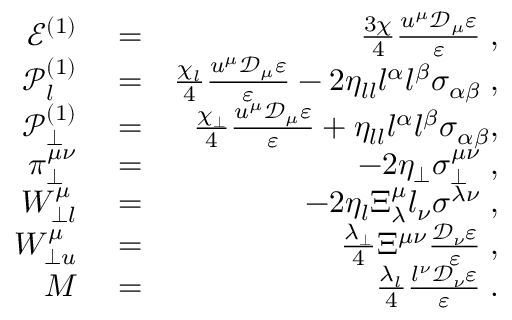
\begin{array} { r l r } { \mathcal { E } ^ { ( 1 ) } } & { { } = } & { \frac { 3 \chi } { 4 } \frac { u ^ { \mu } \mathcal { D } _ { \mu } \varepsilon } { \varepsilon } \; , } \\ { \mathcal { P } _ { l } ^ { ( 1 ) } } & { { } = } & { \frac { \chi _ { l } } { 4 } \frac { u ^ { \mu } \mathcal { D } _ { \mu } \varepsilon } { \varepsilon } - 2 \eta _ { l l } l ^ { \alpha } l ^ { \beta } \sigma _ { \alpha \beta } \; , } \\ { \mathcal { P } _ { \perp } ^ { ( 1 ) } } & { { } = } & { \frac { \chi _ { \perp } } { 4 } \frac { u ^ { \mu } \mathcal { D } _ { \mu } \varepsilon } { \varepsilon } + \eta _ { l l } l ^ { \alpha } l ^ { \beta } \sigma _ { \alpha \beta } , } \\ { \pi _ { \perp } ^ { \mu \nu } } & { { } = } & { - 2 \eta _ { \perp } \sigma _ { \perp } ^ { \mu \nu } \; , } \\ { W _ { \perp l } ^ { \mu } } & { { } = } & { - 2 \eta _ { l } \Xi _ { \lambda } ^ { \mu } l _ { \nu } \sigma ^ { \lambda \nu } \; , } \\ { W _ { \perp u } ^ { \mu } } & { { } = } & { \frac { \lambda _ { \perp } } { 4 } \Xi ^ { \mu \nu } \frac { \mathcal { D } _ { \nu } \varepsilon } { \varepsilon } \; , } \\ { M } & { { } = } & { \frac { \lambda _ { l } } { 4 } \frac { l ^ { \nu } \mathcal { D } _ { \nu } \varepsilon } { \varepsilon } \; . } \end{array}